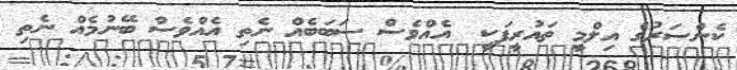
ކެންސަރުގެ އިލްމީ ތައުރީފަކީ  އެއްވެސް ސަބަބެއް ނެތި އެއްވެސް ބޭނުމެއް ނެތި